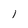
Character: I